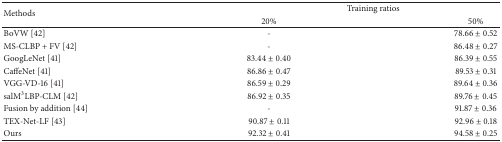
<table><thead><tr><td rowspan="2"><b>Methods</b></td><td colspan="2"><b>Training ratios</b></td></tr><tr><td><b>20%</b></td><td><b>50%</b></td></tr></thead><tbody><tr><td>BoVW [42]</td><td>-</td><td>78.66 ± 0.52</td></tr><tr><td>MS-CLBP + FV [42]</td><td>-</td><td>86.48 ± 0.27</td></tr><tr><td>GoogLeNet [41]</td><td>83.44 ± 0.40</td><td>86.39 ± 0.55</td></tr><tr><td>CaffeNet [41]</td><td>86.86 ± 0.47</td><td>89.53 ± 0.31</td></tr><tr><td>VGG-VD-16 [41]</td><td>86.59 ± 0.29</td><td>89.64 ± 0.36</td></tr><tr><td>salM<sup>3</sup>LBP-CLM [42]</td><td>86.92 ± 0.35</td><td>89.76 ± 0.45</td></tr><tr><td>Fusion by addition [44]</td><td>-</td><td>91.87 ± 0.36</td></tr><tr><td>TEX-Net-LF [43]</td><td>90.87 ± 0.11</td><td>92.96 ± 0.18</td></tr><tr><td>Ours</td><td>92.32 ± 0.41</td><td>94.58 ± 0.25</td></tr></tbody></table>